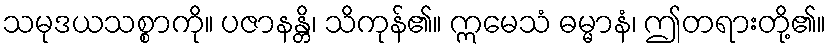
သမုဒယသစ္စာကို။ ပဇာနန္တိ၊ သိကုန်၏။ ဣမေသံ ဓမ္မာနံ၊ ဤတရားတို့၏။